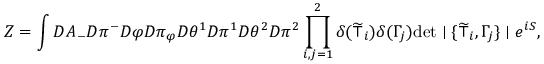
Z = \int { \cal D } A _ { - } { \cal D } \pi ^ { - } { \cal D } \varphi { \cal D } \pi _ { \varphi } { \cal D } \theta ^ { 1 } { \cal D } \pi ^ { 1 } { \cal D } \theta ^ { 2 } { \cal D } \pi ^ { 2 } \prod _ { i , j = 1 } ^ { 2 } \delta ( \widetilde { \top } _ { i } ) \delta ( \Gamma _ { j } ) \mathrm { d e t } \mid \{ \widetilde { \top } _ { i } , \Gamma _ { j } \} \mid e ^ { i S } ,